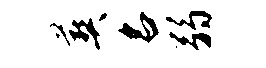
葬名弱